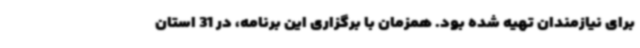
برای نیازمندان تهیه شده بود. همزمان با برگزاری این برنامه، در 31 استان